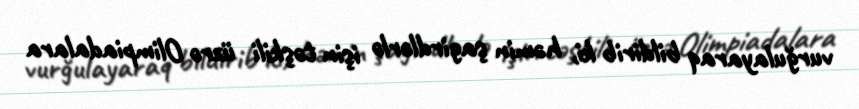
vurğulayaraq bildirib ki, həmin şagirdlərlə işin təşkili üzrə Olimpiadalara